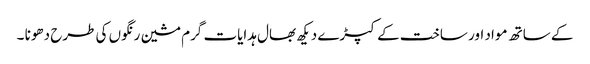
کے ساتھ مواد اور ساخت کے کپڑے دیکھ بھال ہدایات گرم مشین رنگوں کی طرح دھونا ۔